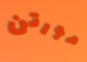
مورتن